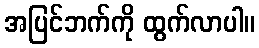
အပြင်ဘက်ကို ထွက်လာပါ။